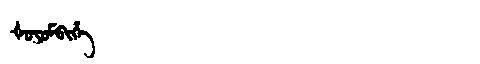
Manchu: ᡧᠣᠶᠣᠮᠪᡳᡥᡝ
Romanization: ŠOYOMBIHE